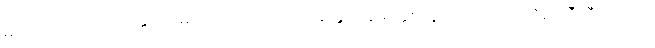
များသော အားဖြင့် နှုတ်ခမ်း စေ့ထားသောအခါ နှုတ်ခမ်း နှစ်လွှာသည် တိတိရိရိ ညီညီညာညာ